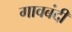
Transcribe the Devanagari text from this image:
गावबंदी